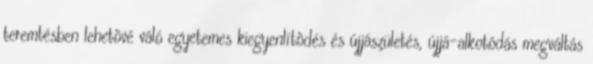
teremtésben lehetõvé váló egyetemes kiegyenlítõdés és újjászületés, újjá-alkotódás megváltás